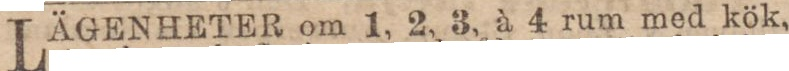
LÄGENHETER om 1, 2, 3, à 4 rum med kök,